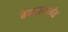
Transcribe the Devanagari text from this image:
बैकालपर्यंत